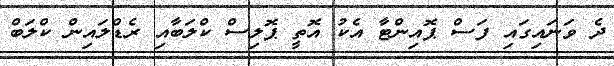
ދެ ވަނައިގައި ފަސް ޕޮއިންޓާ އެކު އޮތީ ޕޮލިސް ކްލަބާއި ރެޑްލައިން ކްލަބް